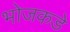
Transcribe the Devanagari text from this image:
भोजकडे